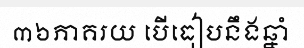
៣៦ភាគរយ បើធៀបនឹងឆ្នាំ